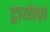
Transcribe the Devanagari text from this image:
ट्रायोज़